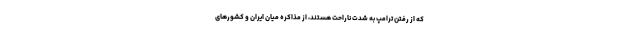
که از رفتن ترامپ به شدت ناراحت هستند، از مذاکره میان ایران و کشورهای